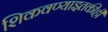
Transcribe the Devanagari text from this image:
शिकवण्याइतकीही